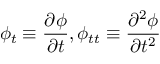
\phi _ { t } \equiv \frac { \partial \phi } { \partial t } , \phi _ { t t } \equiv \frac { \partial ^ { 2 } \phi } { \partial t ^ { 2 } }